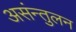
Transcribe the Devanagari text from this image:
असंन्तुलन